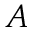
A